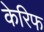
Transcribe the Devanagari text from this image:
केरिफ